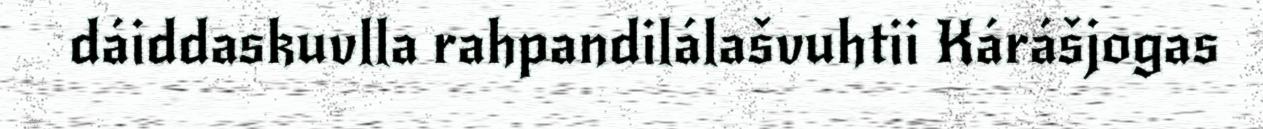
dáiddaskuvlla rahpandilálašvuhtii Kárášjogas